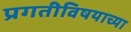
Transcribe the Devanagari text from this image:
प्रगतीविषयाच्या